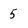
Character: 5